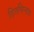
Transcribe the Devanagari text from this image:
हितचिन्तक